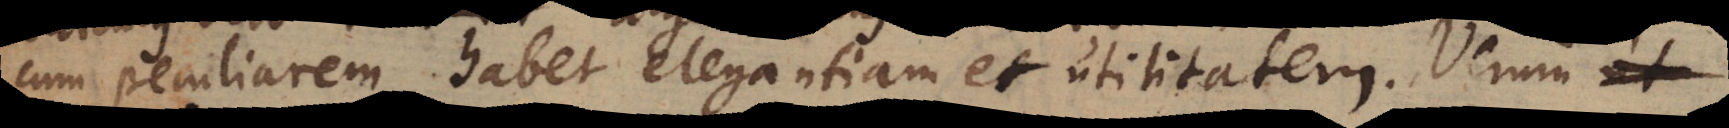
cum peculiarem habet elegantiam et utilitatem. Verum et